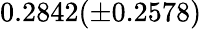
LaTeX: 0.2842(\pm 0.2578)